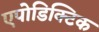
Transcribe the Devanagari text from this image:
एपोडिक्टिक